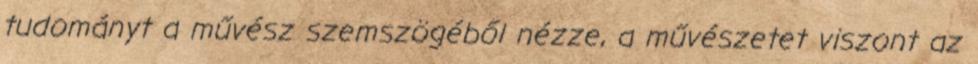
tudományt a művész szemszögéből nézze, a művészetet viszont az